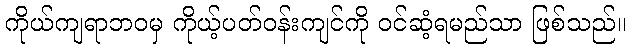
ကိုယ်ကျရာဘဝမှ ကိုယ့်ပတ်ဝန်းကျင်ကို ဝင်ဆံ့ရမည်သာ ဖြစ်သည်။